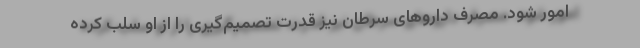
امور شود. مصرف داروهای سرطان نیز قدرت تصمیم‌گیری را از او سلب کرده